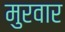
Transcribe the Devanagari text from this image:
मुरवार